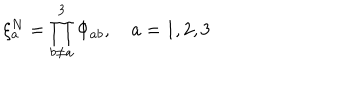
\xi _ { a } ^ { N } = \prod _ { b \neq a } ^ { 3 } \Phi _ { a b } , \quad a = 1 , 2 , 3